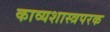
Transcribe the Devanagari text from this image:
काव्यशास्त्रपरक